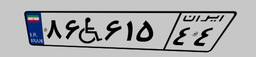
۸۶W۶۱۵۴۴